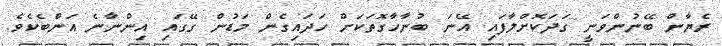
ރެޔާން ބޭނުންވަނީ ގަދަކޮށްލާފައި އޭނަ ބުނާހާގޮތަކަށް ހަދައިގެން މަޑުން ގޭގައި އިންނާނެ އަންބެކެވެ.